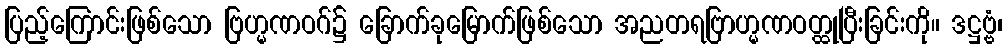
ပြည့်ကြောင်းဖြစ်သော ဗြဟ္မဏဝဂ်၌ ခြောက်ခုမြောက်ဖြစ်သော အညတရဗြာဟ္မဏဝတ္ထုပြီးခြင်းကို။ ဒဋ္ဌဗ္ဗံ၊